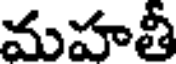
మహతీ